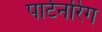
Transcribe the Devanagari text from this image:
पार्टनरिंग